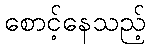
စောင့်နေသည့်